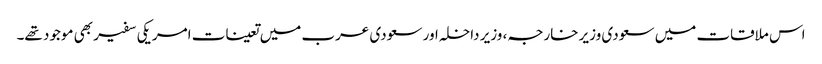
اس ملاقات میں سعودی وزیر خارجہ، وزیر داخلہ اور سعودی عرب میں تعینات امریکی سفیر بھی موجود تھے۔